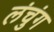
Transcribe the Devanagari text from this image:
लंचुंग